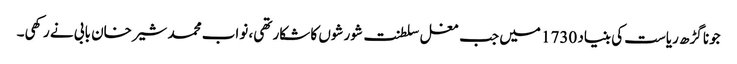
جونا گڑھ ریاست کی بنیاد 1730 میں جب مغل سلطنت شورشوں کا شکار تھی، نواب محمد شیرخان بابی نے رکھی۔